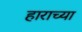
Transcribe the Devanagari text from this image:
हाराच्या